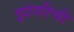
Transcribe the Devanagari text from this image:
झांशीची